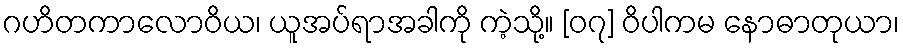
ဂဟိတကာလောဝိယ၊ ယူအပ်ရာအခါကို ကဲ့သို့။ [၀၇] ဝိပါကမ နောဓာတုယာ၊